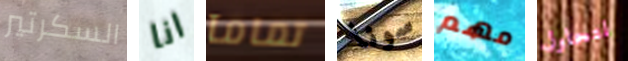
السكرتير انا تمامآ سونا مهم لتحاول